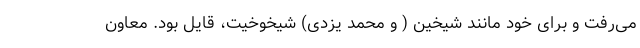
می‌رفت و برای خود مانند شیخین ( و محمد یزدی) شیخوخیت، قایل بود. معاون